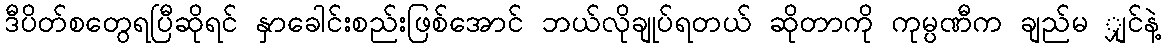
ဒီပိတ်စတွေရပြီဆိုရင် နှာခေါင်းစည်းဖြစ်အောင် ဘယ်လိုချုပ်ရတယ် ဆိုတာကို ကုမ္ပဏီက ချည်မ ျှင်နဲ့